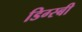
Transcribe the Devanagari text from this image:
डिग्स्बी